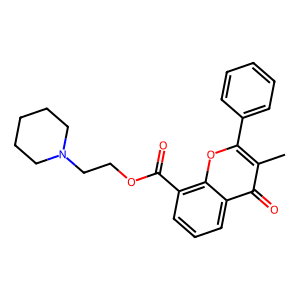
SMILES: Cc1c(-c2ccccc2)oc2c(C(=O)OCCN3CCCCC3)cccc2c1=O
Inhibits HIV replication: No